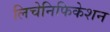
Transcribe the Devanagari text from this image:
लिचेनिफिकेशन